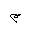
Letter: _mim